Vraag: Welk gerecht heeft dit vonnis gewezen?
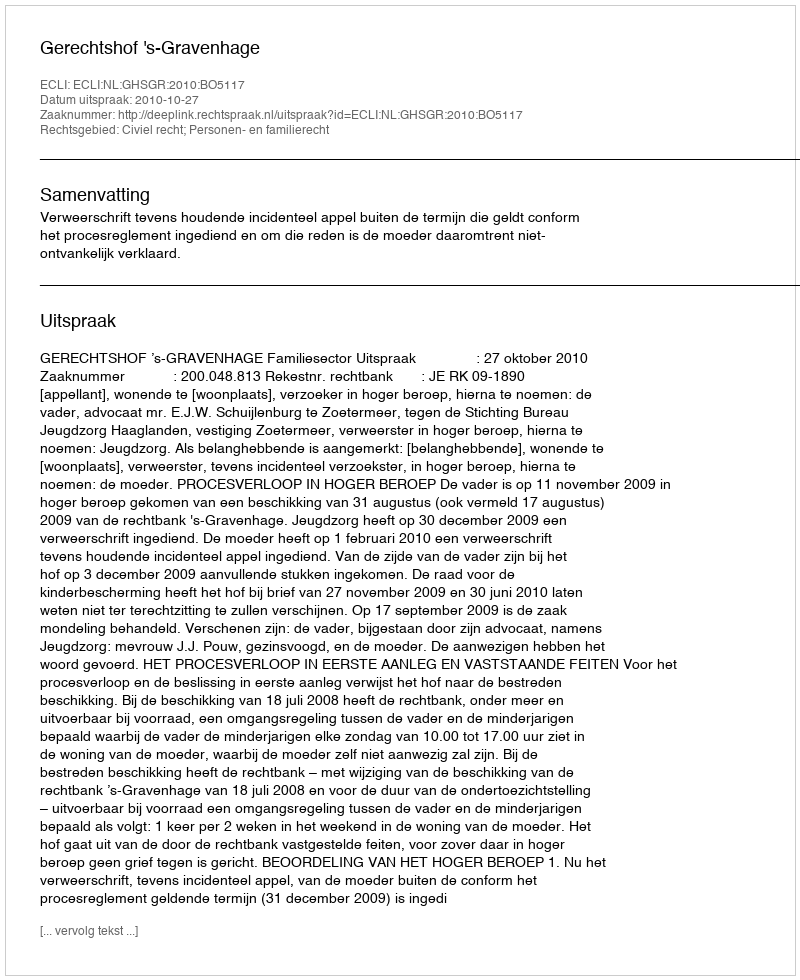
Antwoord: Gerechtshof 's-Gravenhage